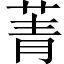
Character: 菁